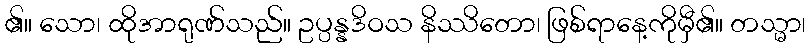
၏။ သော၊ ထိုအာရုဏ်သည်။ ဥပ္ပန္နဒိဝသ နိဿိတော၊ ဖြစ်ရာနေ့ကိုမှီ၏။ တသ္မာ၊